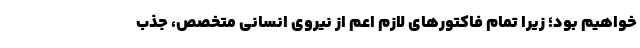
خواهیم بود؛ زیرا تمام فاکتورهای لازم اعم از نیروی انسانی متخصص، جذب